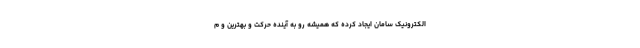
الکترونیک سامان ایجاد کرده که همیشه رو به آینده حرکت و بهترین و م